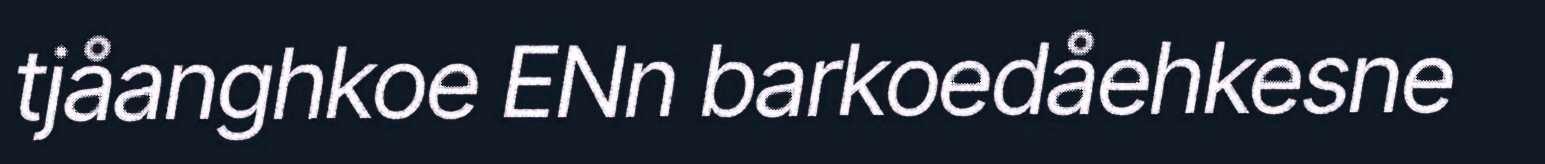
tjåanghkoe ENn barkoedåehkesne